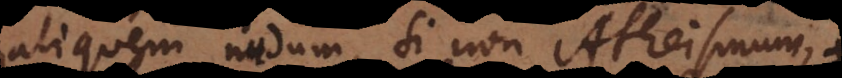
quem nudum, si non Atheismum,